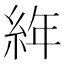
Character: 𦀅